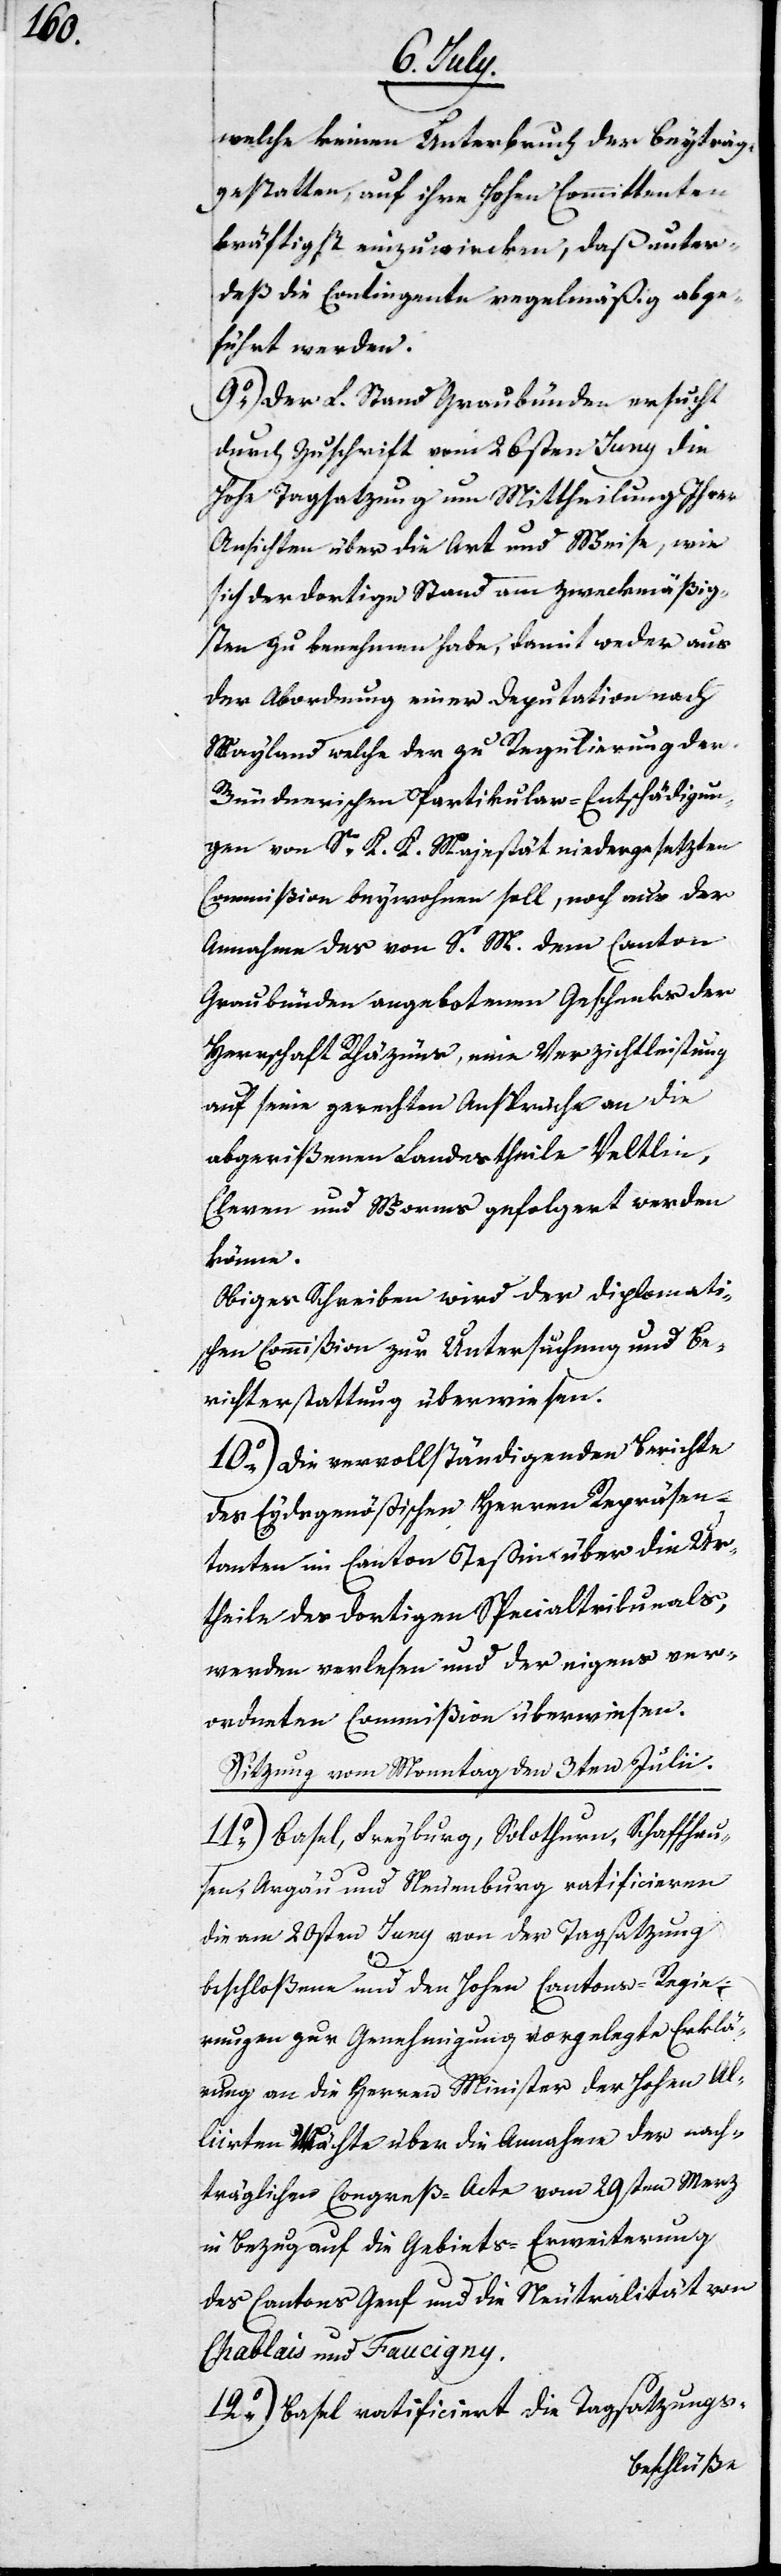
welche keinen Unterbruch der Beyträge
gestatten, auf ihre Hohen Committenten
kräftigst einzuwirken, daß unter¬
deß die Contingenter regelmäßig abge¬
führt werden.
9.) Der L. Stand Graubünden ersucht
durch Zuschrift vom 26sten Juny die
Hohe Tagsatzung um Mittheilung Ihrer
Ansichten über die Art und Weise, wie
sich der dortige Stand am zweckmäßig¬
sten zu benehmen habe, damit weder aus
der Abordnung einer Deputation nach
Mayland welche der zu Regulierung der
Bündnerischen Partikular-Entschädigun¬
gen von Sr. K. K. Majestät niedergesetzten
Commißion beywohnen soll, noch aus der
Annahme des von S. M. dem Canton
Graubünden angebotenen Geschenks der
Herrschaft Rhäzüns, eine Verzichtleistung
auf seine gerechten Ansprüche an die
abgerißenen Landestheile Veltlin,
Cleven und Worms gefolgert werden
könne.
Obiges Schreiben wird der Diplomati¬
schen Commißion zur Untersuchung und Be¬
richterstattung überwiesen.
10.) Die vervollständigenden Berichte
des Eydsgenößischen Herren Repräsen¬
tanten im Canton Teßin über die Ur¬
theile des dortigen Spezialtribunals
werden verlesen und der eigens ver¬
ordneten Commißion überwiesen.
Sitzung vom Monntag den 3ten Julii.
11.) Basel, Freyburg, Solothurn, Schaffhau¬
sen, Argau und Neuenburg ratificieren
die am 20sten Juny von der Tagsatzung
beschloßenen und den Hohen Cantons-Regie¬
rungen zur Genehmigung dargelegten Erklä¬
rungen an die Herren Minister der Hohen Al¬
liirten Mächte über die Annahme der nach¬
träglichen Congreß-Acte vom 29sten Merz
in Bezug auf die Gebiets-Erweiterung
des Cantons Genf und die Neutralität von
Chablais und Faucigny.
12.) Basel ratificiert die Tagsatzungs-